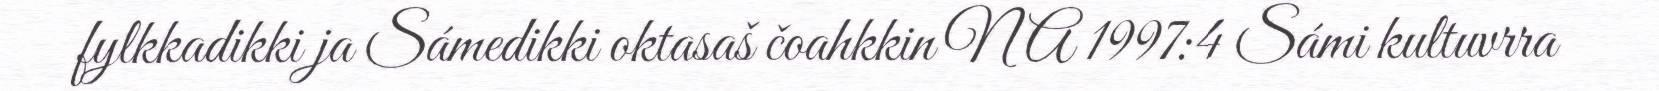
fylkkadikki ja Sámedikki oktasaš čoahkkin NA 1997:4 Sámi kultuvrra